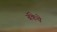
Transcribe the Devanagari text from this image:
बॅकेचे